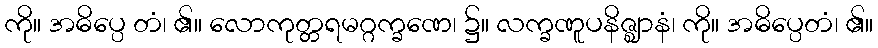
ကို။ အဓိပ္ပေ တံ၊ ၏။ လောကုတ္တရမဂ္ဂက္ခဏေ၊ ၌။ လက္ခဏူပနိဇ္ဈာနံ၊ ကို။ အဓိပ္ပေတံ၊ ၏။